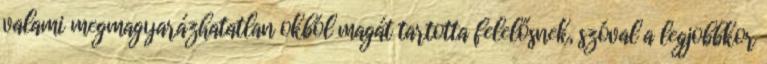
valami megmagyarázhatatlan okból magát tartotta felelősnek, szóval a legjobbkor